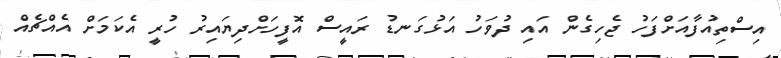
އިސްތިއުފާއަށްފަހު ޖެހިގެން އައި ދުވަހު އަޅުގަނޑު ރައީސް އޮފީހަށްދިޔައިރު ހުރީ އެކަމަށް އެެއްޗެއް